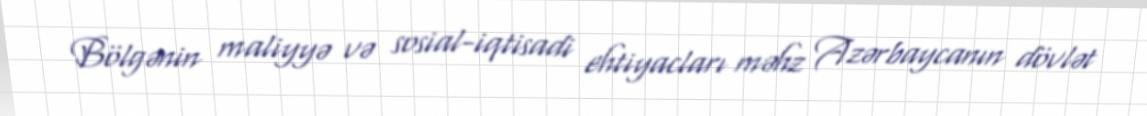
Bölgənin maliyyə və sosial-iqtisadi ehtiyacları məhz Azərbaycanın dövlət